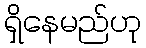
ရှိနေမည်ဟု